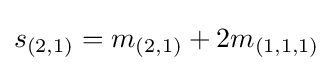
s_{(2,1)}=m_{(2,1)}+2m_{(1,1,1)}